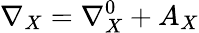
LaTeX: \nabla_{X}=\nabla_{X}^{0}+A_{X}